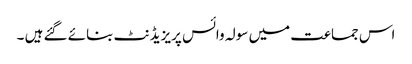
اس جماعت میں سولہ وائس پریزیڈنٹ بنائے گئے ہیں ۔